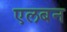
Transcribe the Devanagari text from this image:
एलबन